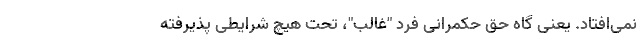
نمی‌افتاد. یعنی گاه حق حکمرانی فرد "غالب"، تحت هیچ شرایطی پذیرفته